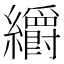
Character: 𮉜